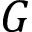
G